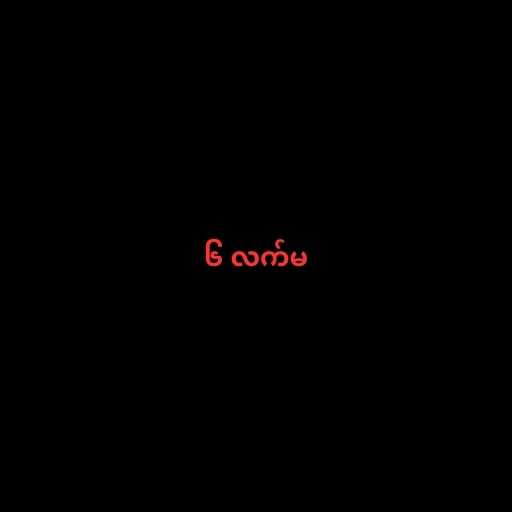
၆ လက်မ